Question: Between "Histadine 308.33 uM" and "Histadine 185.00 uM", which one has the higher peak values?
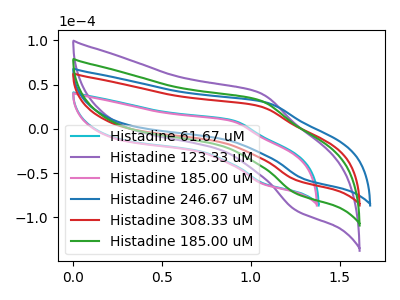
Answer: <think>The cyan curve "Histadine 61.67 uM" has an anodic peak at (0.90V, 9.65uA) and a cathodic peak at (1.10V, -62.05uA). The purple curve "Histadine 123.33 uM" has an anodic peak at (1.05V, 64.80uA) and a cathodic peak at (1.25V, -146.25uA). The pink curve "Histadine 185.00 uM" has an anodic peak at (0.90V, 8.95uA) and a cathodic peak at (1.05V, -62.25uA). The blue curve "Histadine 246.67 uM" has an anodic peak at (1.10V, 29.80uA) and a cathodic peak at (1.30V, -56.95uA). The red curve "Histadine 308.33 uM" has an anodic peak at (1.05V, 25.70uA) and a cathodic peak at (1.25V, -58.00uA). The green curve "Histadine 185.00 uM" has an anodic peak at (1.05V, 32.40uA) and a cathodic peak at (1.25V, -73.15uA).</think>
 <answer>Every peak in "Histadine 308.33 uM" is lower than every peak in "Histadine 185.00 uM".</answer>
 <eval>lower</eval>